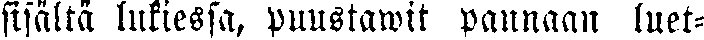
sisältä lukiessa, puustawit pannaan luet-